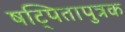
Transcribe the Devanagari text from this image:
षट्पितापुत्रक